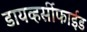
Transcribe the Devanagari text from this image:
डायव्हर्सीफाईड